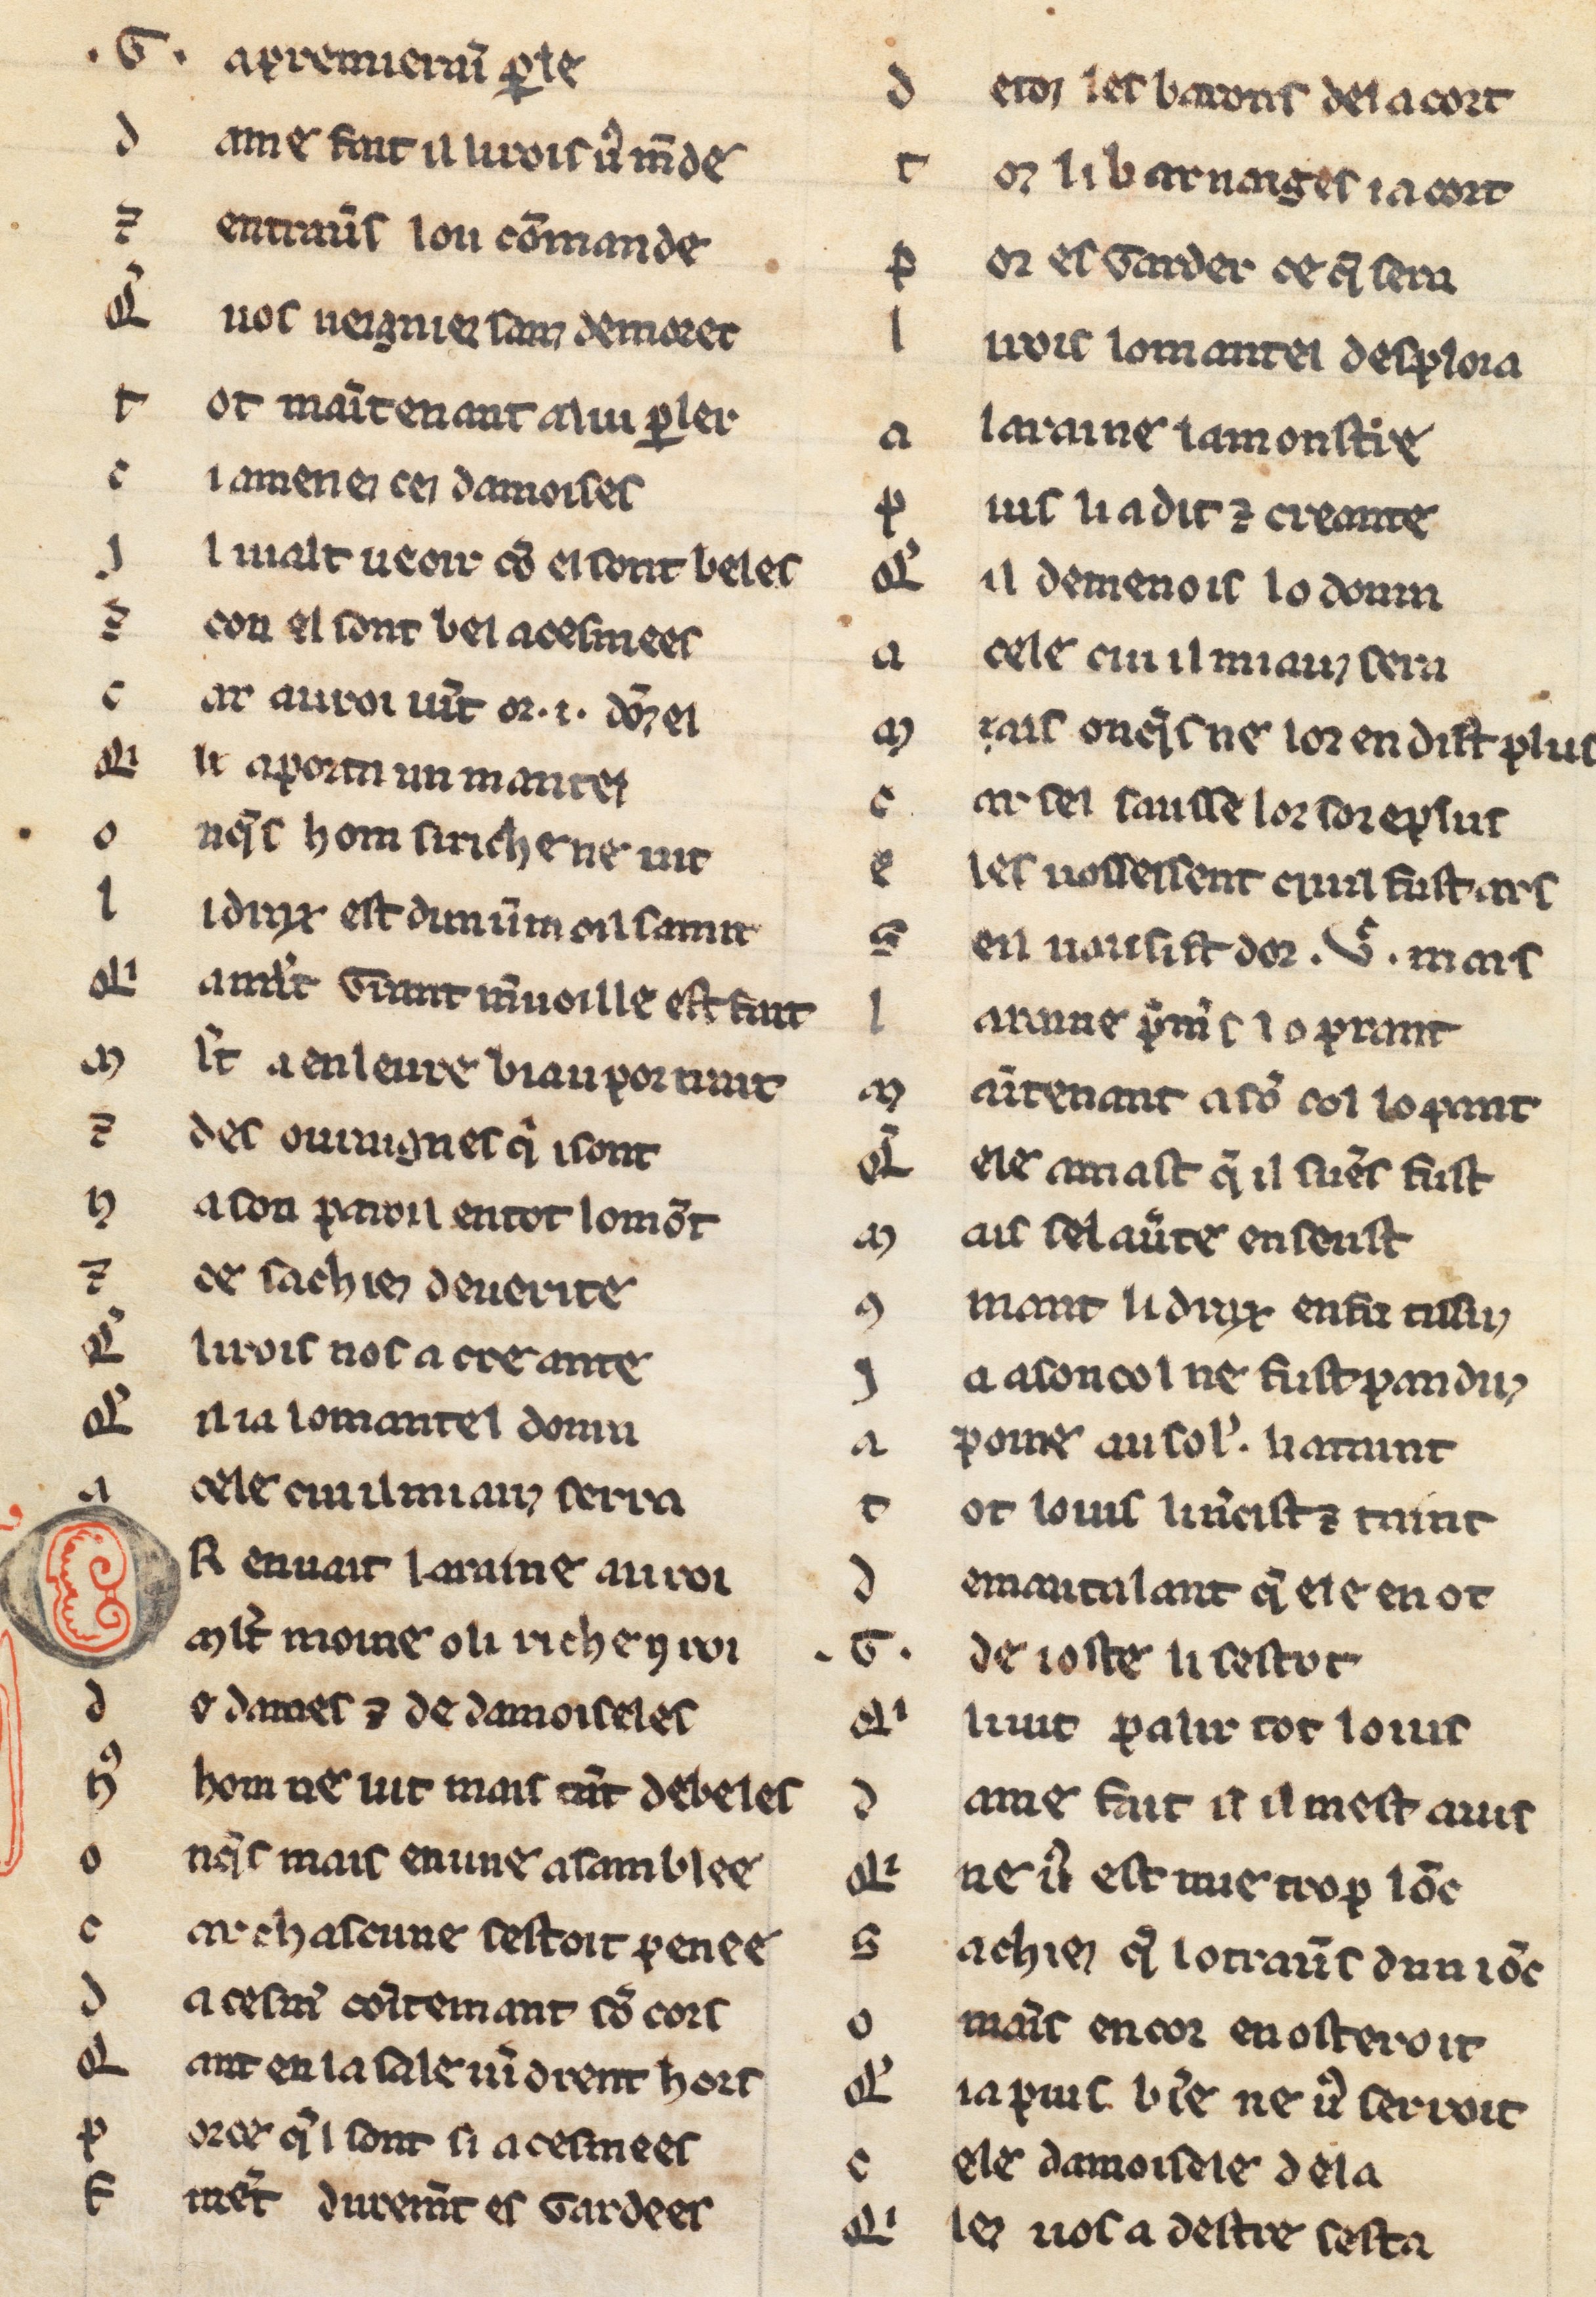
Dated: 1225–1249